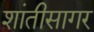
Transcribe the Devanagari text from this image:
शांतीसागर